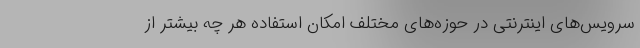
سرویس‌های اینترنتی در حوزه‌های مختلف امکان استفاده هر چه بیشتر از